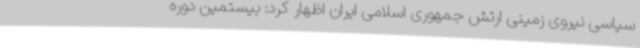
سیاسی نیروی زمینی ارتش جمهوری اسلامی ایران اظهار کرد: بیستمین دوره